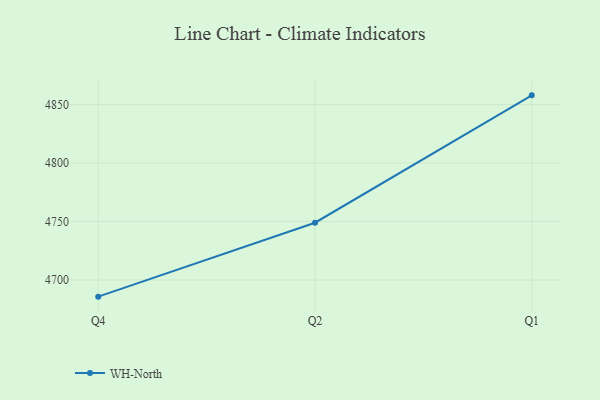
{"axis": {"x": "Quarter", "y": "Production Output"}, "legend": ["WH-North"], "data": [{"x": "Q4", "y": 4685.8, "type": "WH-North"}, {"x": "Q2", "y": 4749.0, "type": "WH-North"}, {"x": "Q1", "y": 4857.9, "type": "WH-North"}]}